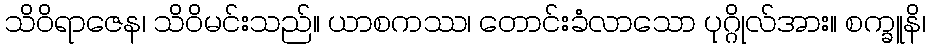
သိဝိရာဇေန၊ သိဝိမင်းသည်။ ယာစကဿ၊ တောင်းခံလာသော ပုဂ္ဂိုလ်အား။ စက္ခူနိ၊